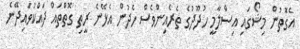
އެގޮތުން މިޝޯގައި އިސްލާމީ ހުދޫދުގެ ތެރެއިންވެސް ހެދުން އެޅޭނެ ރީތި ގޮތްތައް ދައްކުވައިދޭނެ